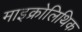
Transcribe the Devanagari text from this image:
माइक्रोलिथिक